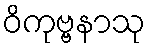
ဝိကုဗ္ဗနာသု